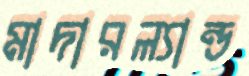
মাদারল্যান্ড